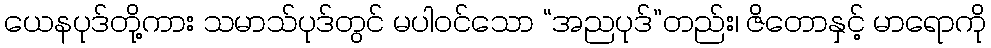
ယေနပုဒ်တို့ကား သမာသ်ပုဒ်တွင် မပါဝင်သော “အညပုဒ်”တည်း၊ ဇိတောနှင့် မာရောကို